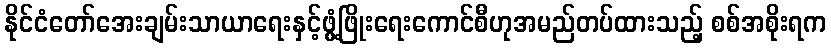
နိုင်ငံတော်အေးချမ်းသာယာရေးနှင့်ဖွံ့ဖြိုးရေးကောင်စီဟုအမည်တပ်ထားသည့် စစ်အစိုးရက